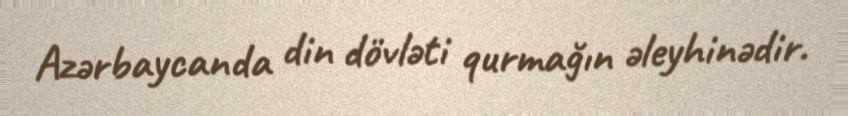
Azərbaycanda din dövləti qurmağın əleyhinədir.